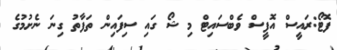
ފޮޓޯ:ރައީސް އޮފީސް ވެބްސައިޓް މި ޝޯ ގައި ސިފައިން ތަފާތު ގިނަ ނެށުމުގެ